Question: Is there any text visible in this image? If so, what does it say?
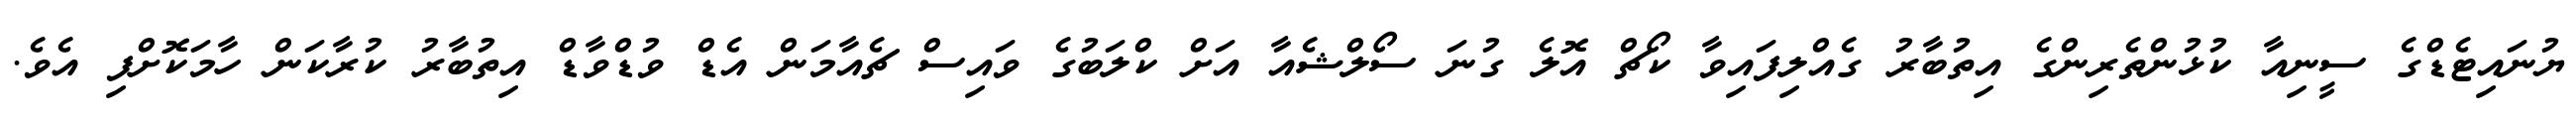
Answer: ޔުނައިޓެޑްގެ ސީނިއާ ކުޅުންތެރިންގެ އިތުބާރު ގެއްލިފައިވާ ކޯޗް އޮލެ ގުނަ ސޯލްޝެއާ އަށް ކްލަބުގެ ވައިސް ޗެއާމަން އެޑް ވުޑްވާޑް އިތުބާރު ކުރާކަން ހާމަކޮށްފި އެވެ.